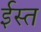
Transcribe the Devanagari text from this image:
ईस्त